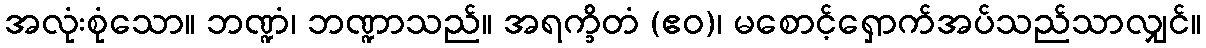
အလုံးစုံသော။ ဘဏ္ဍံ၊ ဘဏ္ဍာသည်။ အရက္ခိတံ (ဧဝ)၊ မစောင့်ရှောက်အပ်သည်သာလျှင်။